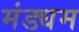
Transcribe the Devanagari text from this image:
मंड्यम